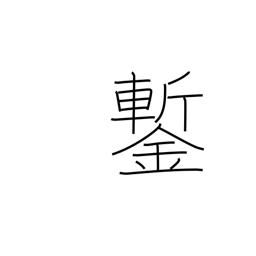
Meaning: cold chisel